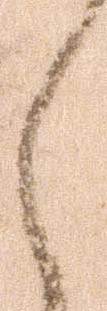
く